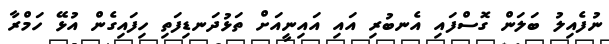
ނުފެއިލު ބަލަން ގޮސްފައި އެނބުރި އައި އައިނީއަށް ތަޅުދަނޑިފަތި ހިފައިގެން އުޅޭ ހަމްރާ